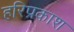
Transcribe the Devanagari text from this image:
हरिप्रकाश